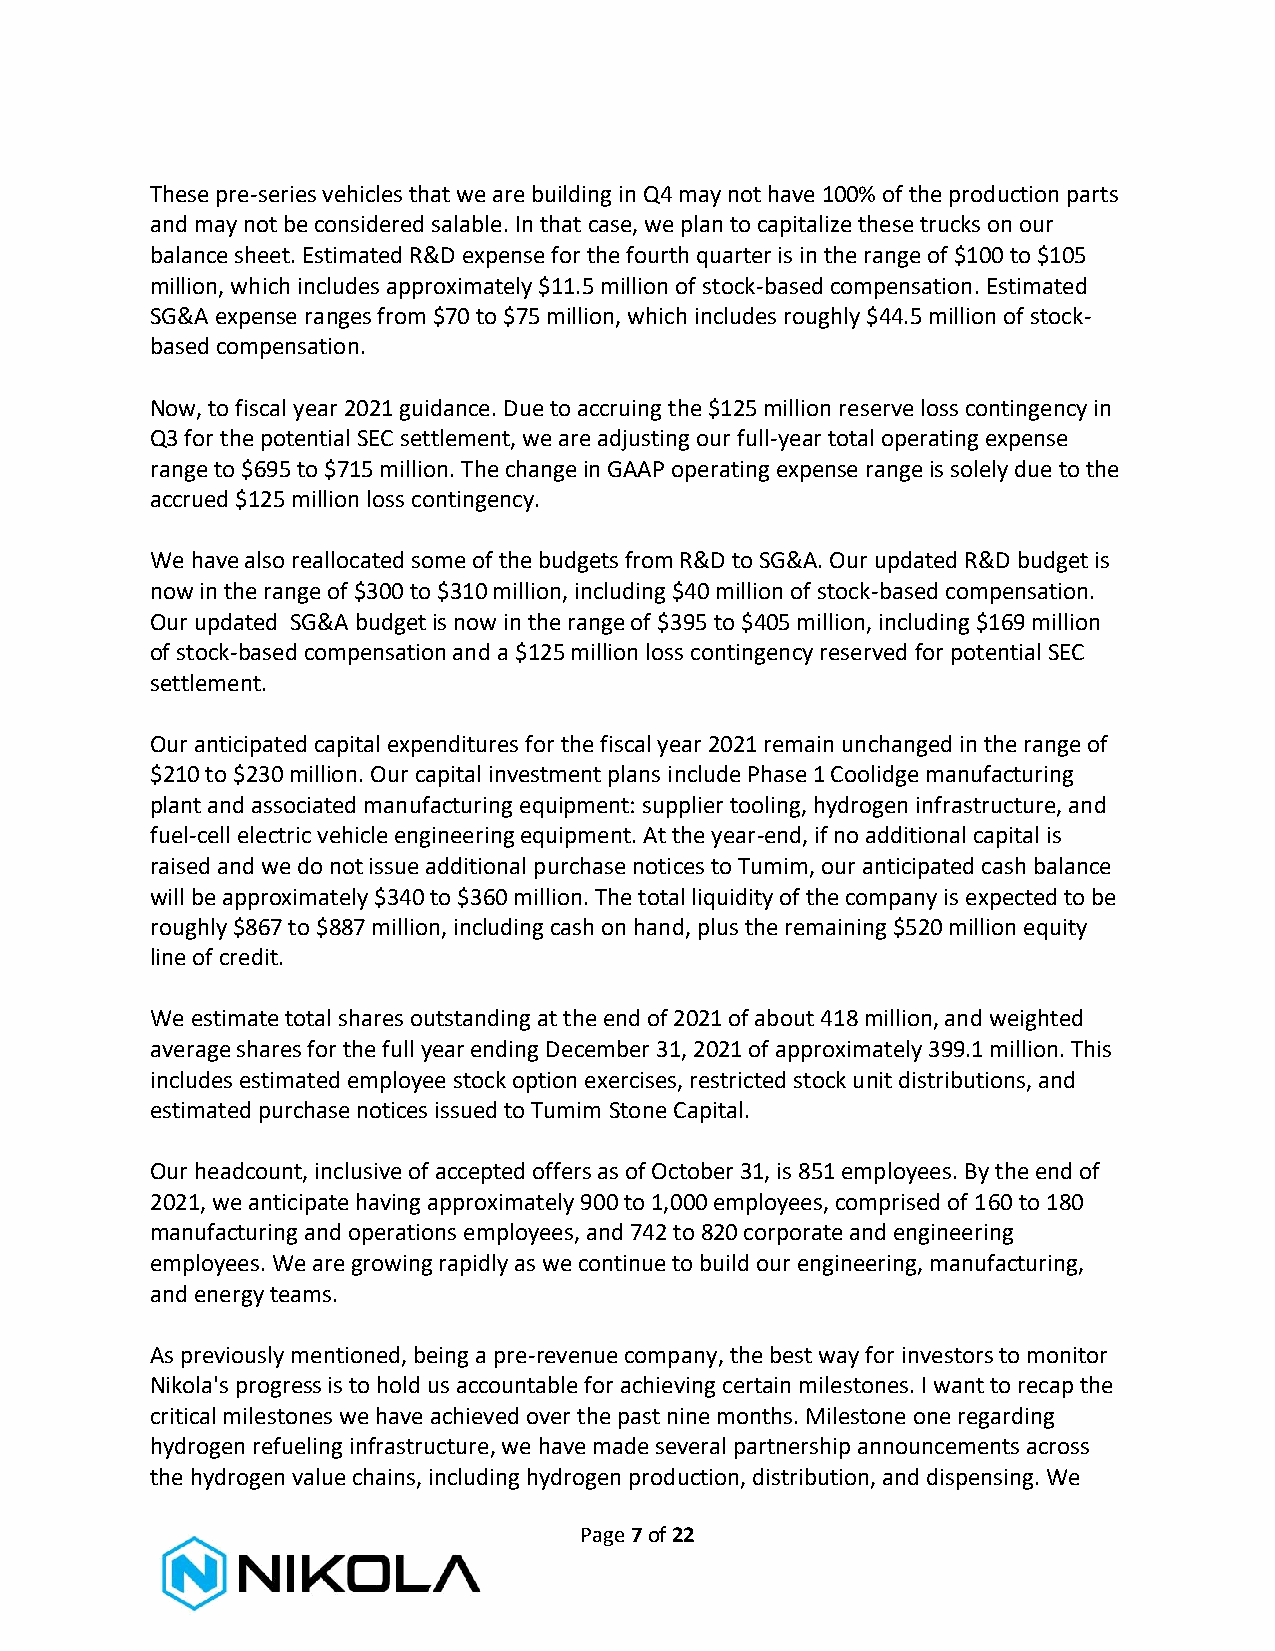
These pre-series vehicles that we are building in Q4 may not have 100% of the production parts
 and may not be considered salable. In that case, we plan to capitalize these trucks on our
 balance sheet. Estimated R&D expense for the fourth quarter is in the range of $100 to $105
 million, which includes approximately $11.5 million of stock-based compensation. Estimated
 SG&A expense ranges from $70 to $75 million, which includes roughly $44.5 million of stock-
 based compensation.
 Now, to fiscal year 2021 guidance. Due to accruing the $125 million reserve loss contingency in
 Q3 for the potential SEC settlement, we are adjusting our full-year total operating expense
 range to $695 to $715 million. The change in GAAP operating expense range is solely due to the
 accrued $125 million loss contingency.
 We have also reallocated some of the budgets from R&D to SG&A. Our updated R&D budget is
 now in the range of $300 to $310 million, including $40 million of stock-based compensation.
 Our updated SG&A budget is now in the range of $395 to $405 million, including $169 million
 of stock-based compensation and a $125 million loss contingency reserved for potential SEC
 settlement.
 Our anticipated capital expenditures for the fiscal year 2021 remain unchanged in the range of
 $210 to $230 million. Our capital investment plans include Phase 1 Coolidge manufacturing
 plant and associated manufacturing equipment: supplier tooling, hydrogen infrastructure, and
 fuel-cell electric vehicle engineering equipment. At the year-end, if no additional capital is
 raised and we do not issue additional purchase notices to Tumim, our anticipated cash balance
 will be approximately $340 to $360 million. The total liquidity of the company is expected to be
 roughly $867 to $887 million, including cash on hand, plus the remaining $520 million equity
 line of credit.
 We estimate total shares outstanding at the end of 2021 of about 418 million, and weighted
 average shares for the full year ending December 31, 2021 of approximately 399.1 million. This
 includes estimated employee stock option exercises, restricted stock unit distributions, and
 estimated purchase notices issued to Tumim Stone Capital.
 Our headcount, inclusive of accepted offers as of October 31, is 851 employees. By the end of
 2021, we anticipate having approximately 900 to 1,000 employees, comprised of 160 to 180
 manufacturing and operations employees, and 742 to 820 corporate and engineering
 employees. We are growing rapidly as we continue to build our engineering, manufacturing,
 and energy teams.
 As previously mentioned, being a pre-revenue company, the best way for investors to monitor
 Nikola's progress is to hold us accountable for achieving certain milestones. I want to recap the
 critical milestones we have achieved over the past nine months. Milestone one regarding
 hydrogen refueling infrastructure, we have made several partnership announcements across
 the hydrogen value chains, including hydrogen production, distribution, and dispensing. We
 Page 7 of 22